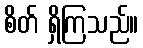
စိတ် ရှိကြသည်။